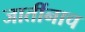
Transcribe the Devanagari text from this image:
जातींनाच